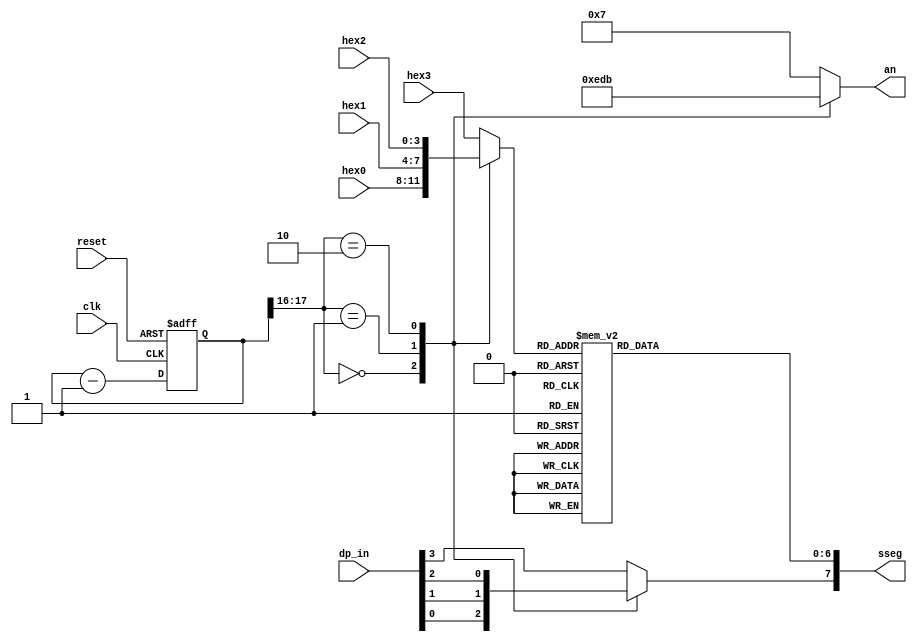
`timescale 1ns / 1ps
//////////////////////////////////////////////////////////////////////////////////
// Company: 
// Engineer: 
// 
// Design Name: 
// Module Name: disp_hex_mux1
// Project Name: 
// Target Devices: 
// Tool Versions: 
// Description: 
// 
// Dependencies: 
// 
// Revision:
// Revision 0.01 - File Created
// Additional Comments:
// 
//////////////////////////////////////////////////////////////////////////////////


`timescale 1ns / 1ps
//////////////////////////////////////////////////////////////////////////////////
// Company: 
// Engineer: 
// 
// Design Name: 
// Module Name: disp_hex_mux
// Project Name: 
// Target Devices: 
// Tool Versions: 
// Description: 
// 
// Dependencies: 
// 
// Revision:
// Revision 0.01 - File Created
// Additional Comments:
// 
//////////////////////////////////////////////////////////////////////////////////
module disp_hex_mux1 
(
input wire clk, reset , 
input wire [3:0] hex3 , hex2 , hex1 , hex0 , // hex digits 
input wire [3:0] dp_in , // 4 decimal points 
output reg [3:0] an , // enable 1-out-of-4 asserted low 
output reg [7:0] sseg // led segments 
); 
// constant delaration 
// refereshing rate around 800 Hz (50 MHz/2^16) 
localparam N = 18 ; 
// internal signal declaration 
reg [N-1:0] q_reg ; 
wire [N-1:0] q_next ; 
reg [3:0] hex_in ; 
reg dp ; 
// N-bit counter 
// register 
always @ ( posedge clk, posedge reset) 
if (reset) 
q_reg <= 15; 
else 
q_reg <= q_next; 
// next-state logic 
assign q_next = q_reg - 1; 
// 2 MSBs of counter to control 4-to-1 multiplexing 
// and to generate active-low enable signal 
always @* 

case (q_reg [N-1:N-2]) 
2'b00:
begin 
an = 4'b1110; 
hex_in = hex0; 
dp = dp_in[0] ; 
end 
2'b01:
begin 
an = 4'b1101; 
hex_in = hex1; 
dp = dp_in[1] ; 
end 
2'b10:
begin 
an = 4'b1011; 
hex_in = hex2; 
dp = dp_in[2] ; 
end 
default: 
begin 
an = 4'b0111; 
hex_in = hex3; 
dp = dp_in[3] ; 
end 

endcase








// Hex to Seven-Segement LED Display 
always @* 
begin 
case (hex_in) 
4'h0 : sseg[6:0] = 7'b1000000 ; 
4'h1 : sseg[6:0] = 7'b1111001 ; 
4'h2 : sseg[6:0] = 7'b0100100 ; 
4'h3 : sseg[6:0] = 7'b0110000 ; 
4'h4 : sseg[6:0] = 7'b0011001 ; 
4'h5 : sseg[6:0] = 7'b0010010 ; 
4'h6 : sseg[6:0] = 7'b0000010 ; 
4'h7 : sseg[6:0] = 7'b1111000 ; 
4'h8 : sseg[6:0] = 7'b0000000 ; 
4'h9 : sseg[6:0] = 7'b0010000 ; 
4'ha : sseg[6:0] = 7'b0001000 ; 
4'hb : sseg[6:0] = 7'b0000011 ; 
4'hc : sseg[6:0] = 7'b1000110 ; 
4'hd : sseg[6:0] = 7'b0100001 ; 
4'he : sseg[6:0] = 7'b0000110 ; 
default : sseg[6:0] = 7'b0001110 ; // 4'hf 
endcase 
sseg [7] = dp; 
end 
endmodule